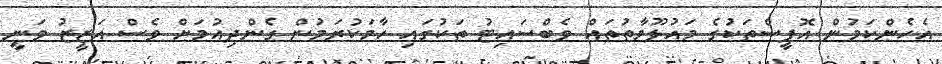
އެހެންކަމުން އޮފީސްތަކުގެ މައުލޫމާތުތައް ވެބްސައިޓު ތަކުގައި ހާމަކުރަމުން ގެންދިއުމަށް ވެސް އަޒީޒު ވަނީ